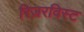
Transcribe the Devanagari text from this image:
रिज़रविस्ट